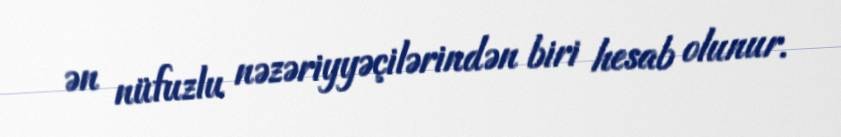
ən nüfuzlu nəzəriyyəçilərindən biri hesab olunur.